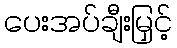
ပေးအပ်ချီးမြှင့်